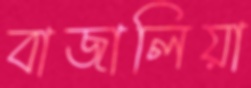
বাজালিয়া